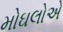
મોઘલોએ